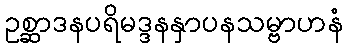
ဥစ္ဆာဒနပရိမဒ္ဒနနှာပနသမ္ဗာဟနံ